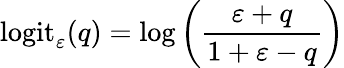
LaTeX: \mathrm{logit}_{\varepsilon}(q)=\log\left(\frac{\varepsilon+q}{1+\varepsilon-q}\right)